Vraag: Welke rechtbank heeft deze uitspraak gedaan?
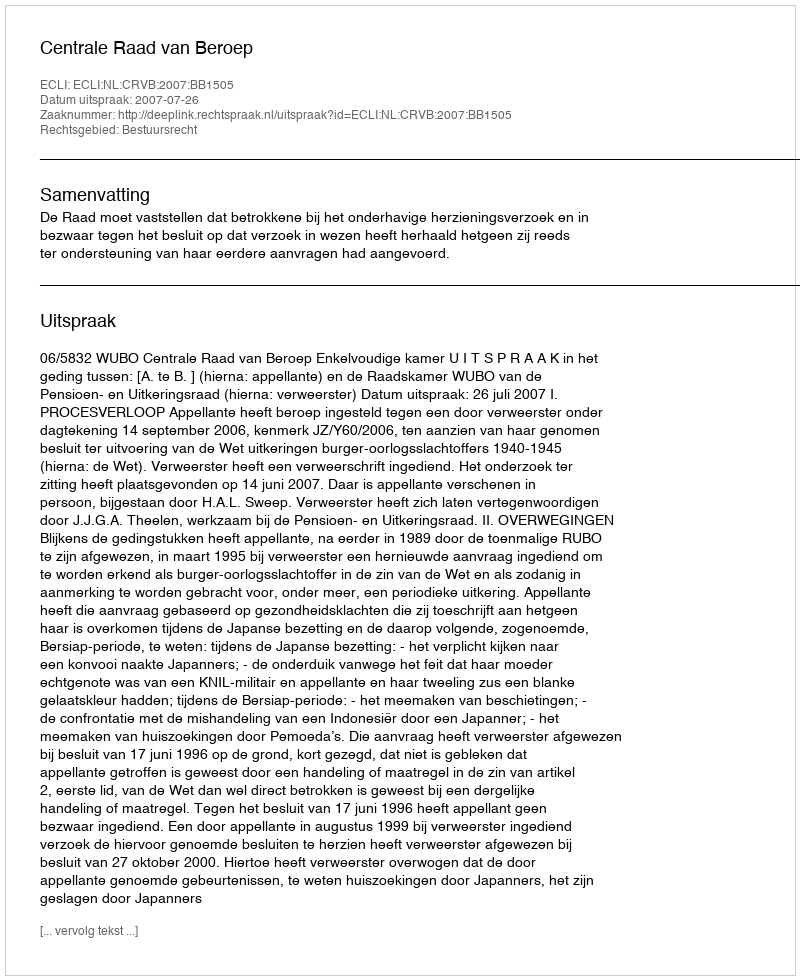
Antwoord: Centrale Raad van Beroep